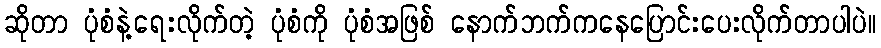
ဆိုတာ ပုံစံနဲ့ရေးလိုက်တဲ့ ပုံစံကို ပုံစံအဖြစ် နောက်ဘက်ကနေပြောင်းပေးလိုက်တာပါပဲ။